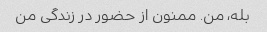
بله، من. ممنون از حضور در زندگی من